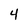
Character: 4